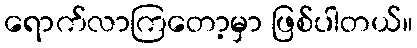
ရောက်လာကြတော့မှာ ဖြစ်ပါတယ်။